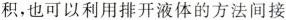
积，也可以利用排开液体的方法间接